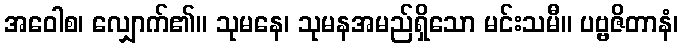
အဝေါစ၊ လျှောက်၏။ သုမနေ၊ သုမနအမည်ရှိသော မင်းသမီ။ ပဗ္ဗဇိတာနံ၊